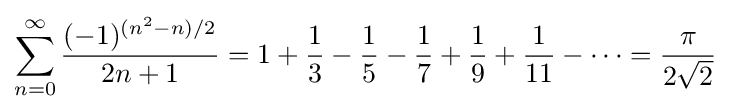
\sum _{n=0}^{\infty }{\frac {(-1)^{(n^{2}-n)/2}}{2n+1}}=1+{\frac {1}{3}}-{\frac {1}{5}}-{\frac {1}{7}}+{\frac {1}{9}}+{\frac {1}{11}}-\cdots ={\frac {\pi }{2{\sqrt {2}}}}